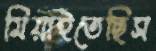
মিয়াইতেছিস